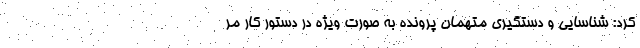
کرد: شناسایی و دستگیری متهمان پرونده به صورت ویژه در دستور کار مر